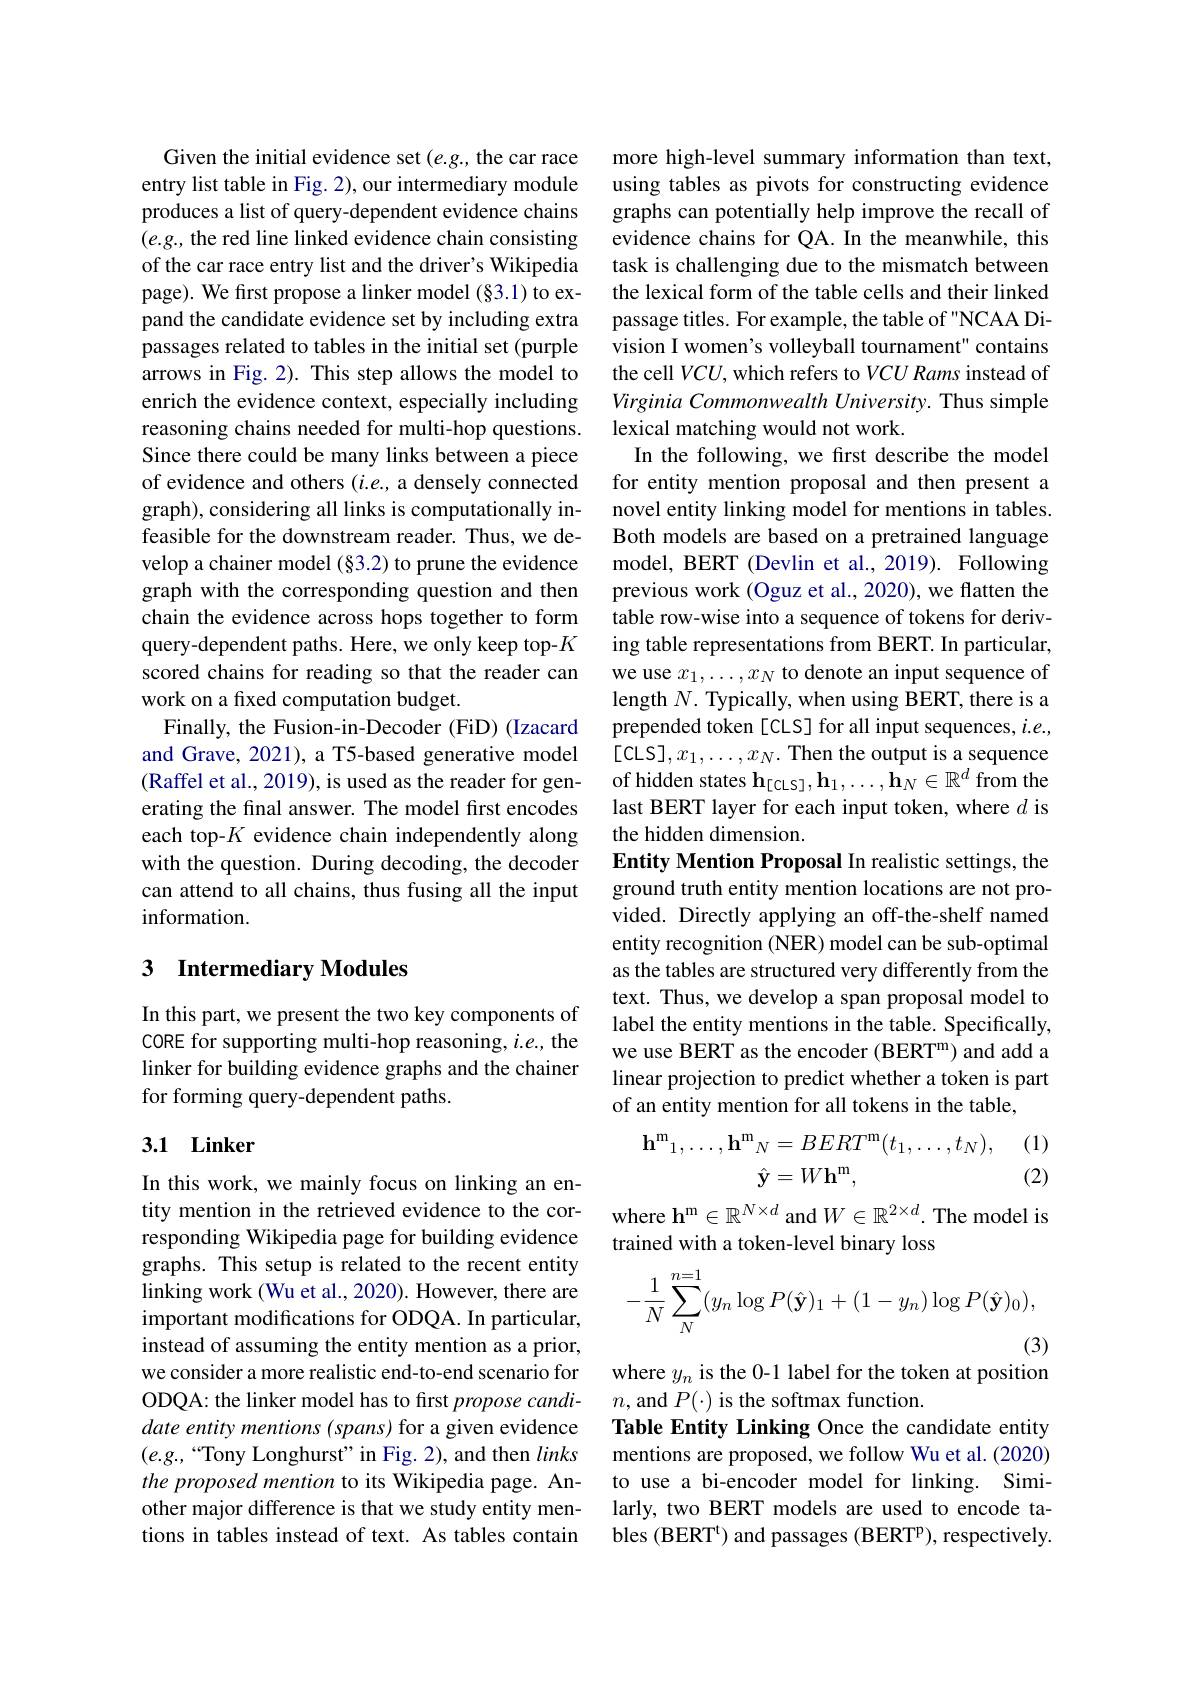
Given the initial evidence set $(e.g.$, the car race entry list table in Fig. 2), our intermediary module produces a list of query-dependent evidence chains $(e.g.$, the red line linked evidence chain consisting of the car race entry list and the driver's Wikipedia page). We first propose a linker model (§3.1) to expand the candidate evidence set by including extra passages related to tables in the initial set (purple arrows in Fig. 2). This step allows the model to enrich the evidence context, especially including reasoning chains needed for multi-hop questions. Since there could be many links between a piece of evidence and others $(i.e.$, a densely connected graph), considering all links is computationally infeasible for the downstream reader. Thus, we develop a chainer model (§3.2) to prune the evidence graph with the corresponding question and then chain the evidence across hops together to form query-dependent paths. Here, we only keep top-$K$ scored chains for reading so that the reader can work on a fixed computation budget.
Finally, the Fusion-in-Decoder (FiD) (Izacard and Grave, 2021), a T5-based generative model (Raffel et al., 2019), is used as the reader for generating the final answer. The model first encodes each top-$K$ evidence chain independently along with the question. During decoding, the decoder can attend to all chains, thus fusing all the input information.

## 3 Intermediary Modules

In this part, we present the two key components of CORE for supporting multi-hop reasoning, $i.e.$, the linker for building evidence graphs and the chainer for forming query-dependent paths.

## $3. 1\textbf{ Linker}$

In this work, we mainly focus on linking an entity mention in the retrieved evidence to the corresponding Wikipedia page for building evidence graphs. This setup is related to the recent entity linking work (Wu et al., 2020). However, there are important modifications for ODQA. In particular, instead of assuming the entity mention as a prior, we consider a more realistic end-to-end scenario for ODQA: the linker model has to first propose candidate entity mentions (spans) for a given evidence $(e.g.,“$Tony Longhurst”in Fig. 2), and then links the proposed mention to its Wikipedia page. Another major difference is that we study entity mentions in tables instead of text. As tables contain

more high-level summary information than text, using tables as pivots for constructing evidence graphs can potentially help improve the recall of evidence chains for QA. In the meanwhile, this task is challenging due to the mismatch between the lexical form of the table cells and their linked passage titles. For example, the table of "NCAA Division I women's volleyball tournament" contains the cell $VCU$, which refers to $VCU\textit{Rams instead of}$ Virginia Commonwealth University. Thus simple lexical matching would not work.
In the following, we first describe the model for entity mention proposal and then present a novel entity linking model for mentions in tables. Both models are based on a pretrained language model, BERT (Devlin et al., 2019). Following previous work (Oguz et al., 2020), we flatten the table row-wise into a sequence of tokens for deriving table representations from BERT. In particular, we use $x_1,\ldots,x_N$ to denote an input sequence of length $N.$ Typically, when using BERT, there is a prepended token [CLS] for all input sequences, $i.e.$, $[CLS],x_1,\ldots,x_N. Then the output is a sequence$ of hidden states $\mathbf{h} _[$CLS$] , \mathbf{h} _1, \ldots , \mathbf{h} _N\in \mathbb{R} ^d$ from the last BERT layer for each input token, where $d$ is the hidden dimension.
Entity Mention Proposal In realistic settings, the ground truth entity mention locations are not provided. Directly applying an off-the-shelf named entity recognition (NER) model can be sub-optimal as the tables are structured very differently from the text. Thus, we develop a span proposal model to label the entity mentions in the table. Specifically, we use BERT as the encoder (BERT$^\mathrm{m}$) and add a linear projection to predict whether a token is part of an entity mention for all tokens in the table,
(1)
$$\begin{aligned}\mathbf{h}^{\mathrm{m}}_{1},\ldots,\mathbf{h}^{\mathrm{m}}_{N}&=BERT^{\mathrm{m}}(t_{1},\ldots,t_{N}),\\\hat{\mathbf{y}}&=W\mathbf{h}^{\mathrm{m}},\end{aligned}$$
(2)

where $\mathbf{h^m}\in\mathbb{R^{N\times d}}$ and $W\in\mathbb{R^{2\times d}}.$ The model is
trained with a token-level binary loss
$$-\dfrac{1}{N}\sum_{N}^{n=1}(y_{n}\log P(\hat{\mathbf{y}})_{1}+(1-y_{n})\log P(\hat{\mathbf{y}})_{0}),$$
(3)

where $y_n$ is the 0-1 label for the token at position
$n$,and $P(\cdot)$ is the softmax function.
Table Entity Linking Once the candidate entity mentions are proposed, we follow Wu et al. (2020) to use a bi-encoder model for linking. Similarly, two BERT models are used to encode tables (BERT') and passages (BERT'), respectively.